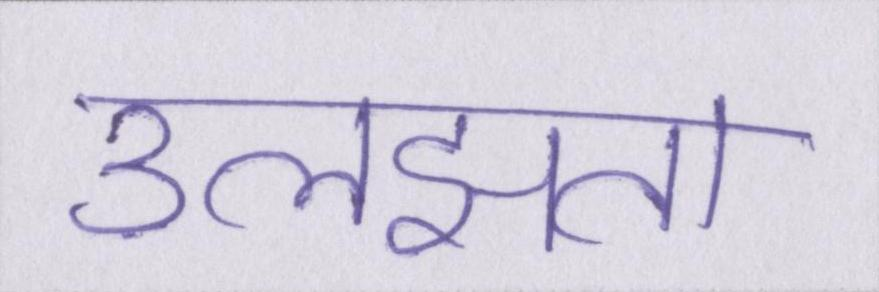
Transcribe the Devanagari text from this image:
उलझता